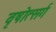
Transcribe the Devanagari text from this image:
वृषोत्सर्ग